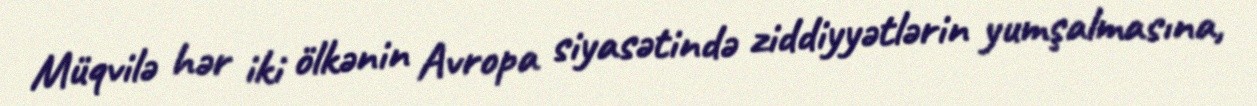
Müqvilə hər iki ölkənin Avropa siyasətində ziddiyyətlərin yumşalmasına,